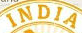
INDIA